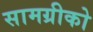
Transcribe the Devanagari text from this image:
सामग्रीको